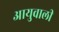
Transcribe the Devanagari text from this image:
आयुवाली